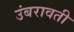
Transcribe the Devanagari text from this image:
उंबरावती